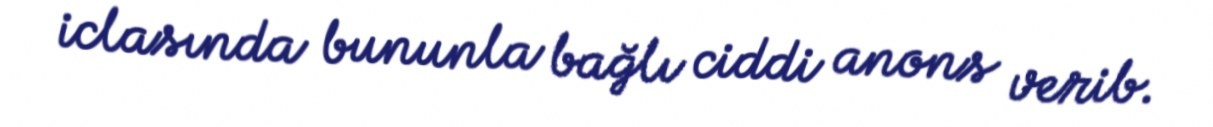
iclasında bununla bağlı ciddi anons verib.